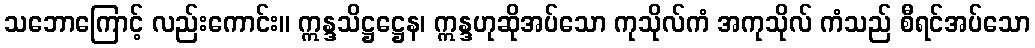
သဘောကြောင့် လည်းကောင်း။ ဣန္ဒသိဋ္ဌဋ္ဌေန၊ ဣန္ဒဟုဆိုအပ်သော ကုသိုလ်ကံ အကုသိုလ် ကံသည် စီရင်အပ်သော